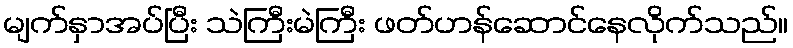
မျက်နှာအပ်ပြီး သဲကြီးမဲကြီး ဖတ်ဟန်ဆောင်နေလိုက်သည်။